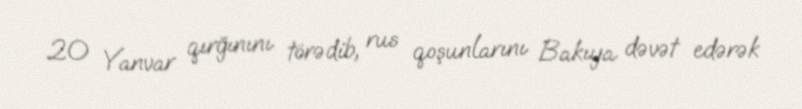
20 Yanvar qırğınını törədib, rus qoşunlarını Bakıya dəvət edərək